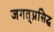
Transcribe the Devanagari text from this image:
जगत्‌प्रसिद्ध